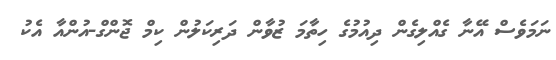
ނަމަވެސް އޭނާ ގެއްލިގެން ދިއުމުގެ ހިތާމަ ޒުވާން ދަރިކަލުން ކިމް ޖޮންގް-އުންއާ އެކު